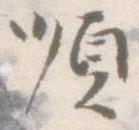
順